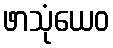
ဖာသုံယေဝ